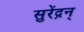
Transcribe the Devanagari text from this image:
सुरेंद्रन्